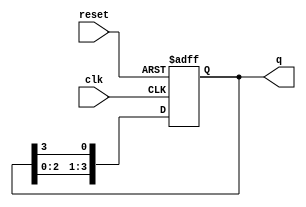
module ring_counter #(parameter N = 4) (
    input wire clk,         // Clock input
    input wire reset,       // Asynchronous reset
    output reg [N-1:0] q    // Output state of the Ring Counter
);

// Initial state for the Ring Counter
initial begin
    q = 1'b1; // Initialize the counter to 100...000 (N bits)
end

always @(posedge clk or posedge reset) begin
    if (reset) begin
        q <= 1'b1; // Reset to initial state (1 followed by N-1 zeros)
    end else begin
        // Shift the '1' to the right (we can also do left shift depending on the design)
        q <= {q[N-2:0], q[N-1]}; // Feedbacks the last bit to the first
    end
end

endmodule